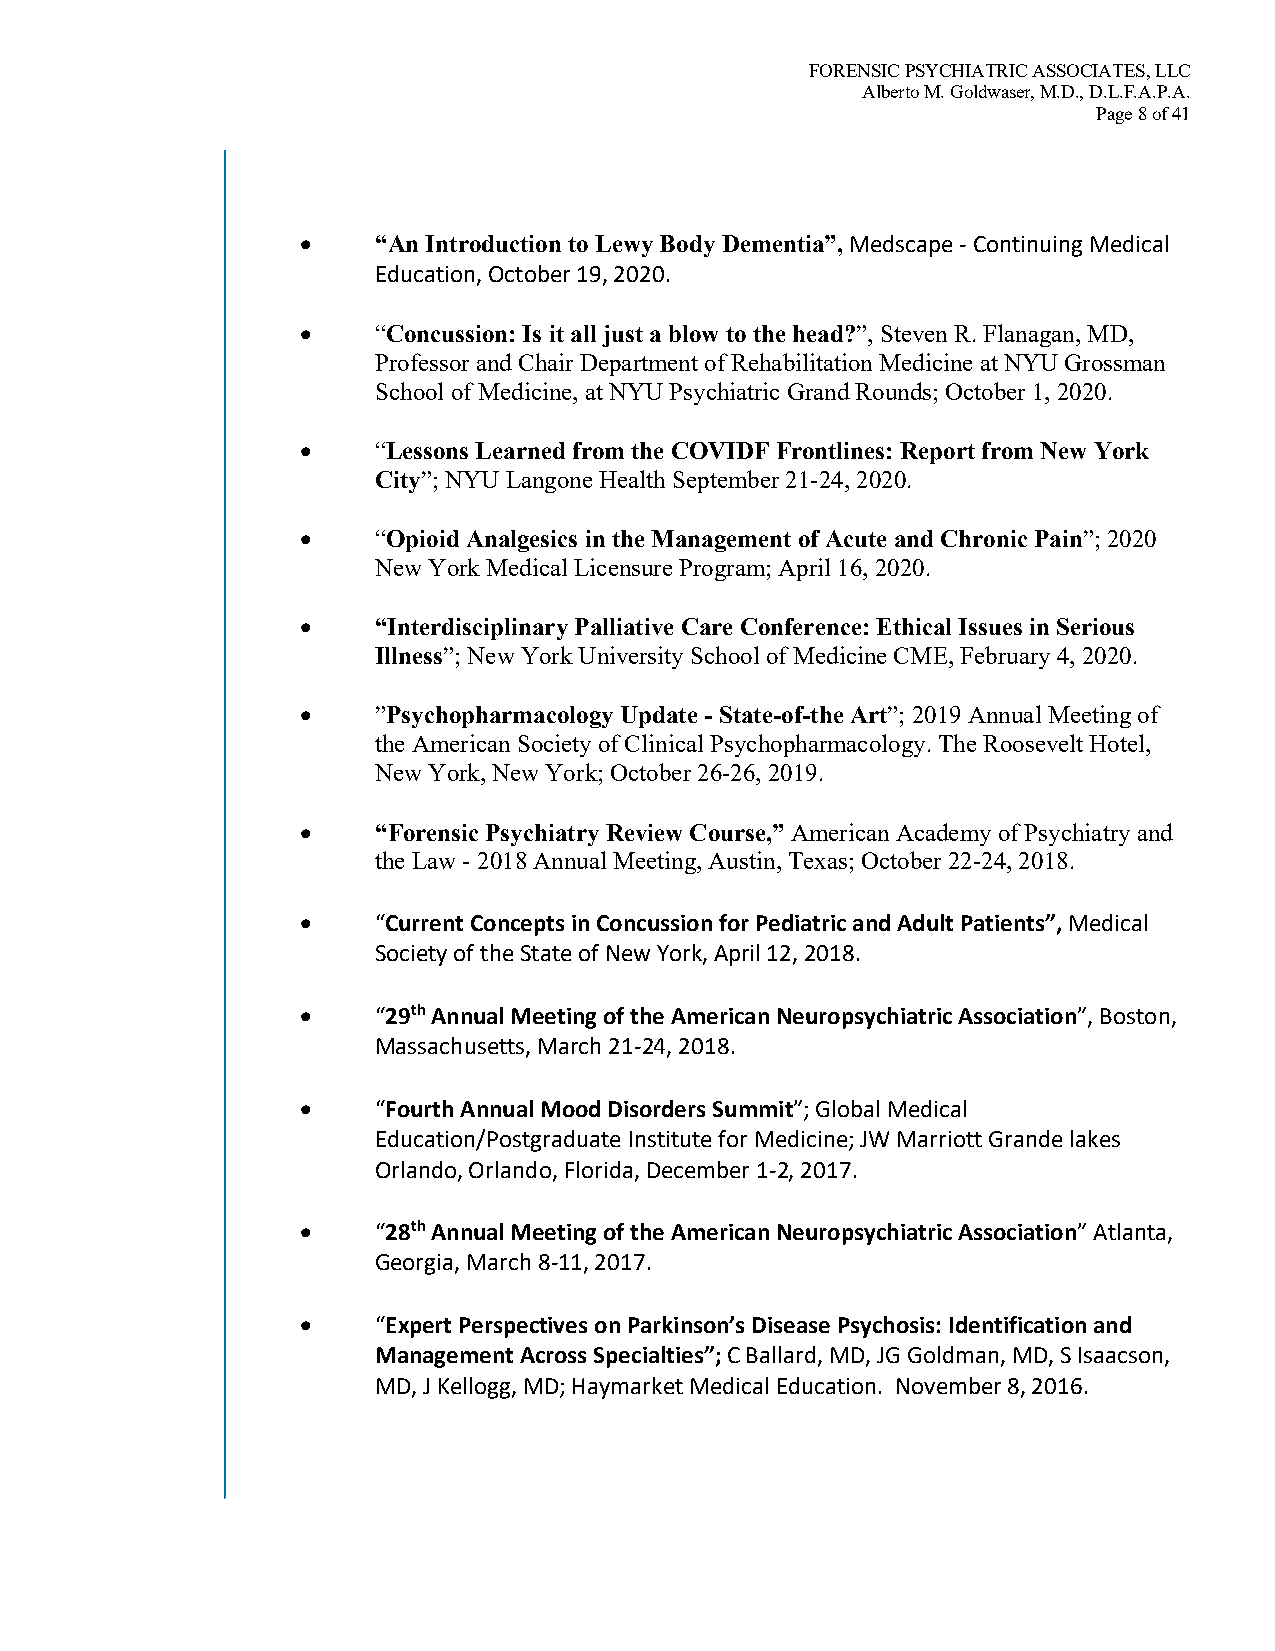
FORENSIC PSYCHIATRIC ASSOCIATES, LLC
 Alberto M. Goldwaser, M.D., D.L.F.A.P.A.
 Page 8 of 41
 •    “An Introduction to Lewy Body Dementia”, Medscape - Continuing Medical
 Education, October 19, 2020.
 •    “Concussion: Is it all just a blow to the head?”, Steven R. Flanagan, MD,
 Professor and Chair Department of Rehabilitation Medicine at NYU Grossman
 School of Medicine, at NYU Psychiatric Grand Rounds; October 1, 2020.
 •    “Lessons Learned from the COVIDF Frontlines: Report from New York
 City”; NYU Langone Health September 21-24, 2020.
 •    “Opioid Analgesics in the Management of Acute and Chronic Pain”; 2020
 New York Medical Licensure Program; April 16, 2020.
 •    “Interdisciplinary Palliative Care Conference: Ethical Issues in Serious
 Illness”; New York University School of Medicine CME, February 4, 2020.
 •    ”Psychopharmacology Update - State-of-the Art”; 2019 Annual Meeting of
 the American Society of Clinical Psychopharmacology. The Roosevelt Hotel,
 New York, New York; October 26-26, 2019.
 •    “Forensic Psychiatry Review Course,” American Academy of Psychiatry and
 the Law - 2018 Annual Meeting, Austin, Texas; October 22-24, 2018.
 •    “Current Concepts in Concussion for Pediatric and Adult Patients”, Medical
 Society of the State of New York, April 12, 2018.
 •    “29th Annual Meeting of the American Neuropsychiatric Association”, Boston,
 Massachusetts, March 21-24, 2018.
 •    “Fourth Annual Mood Disorders Summit”; Global Medical
 Education/Postgraduate Institute for Medicine; JW Marriott Grande lakes
 Orlando, Orlando, Florida, December 1-2, 2017.
 •    “28th Annual Meeting of the American Neuropsychiatric Association” Atlanta,
 Georgia, March 8-11, 2017.
 •    “Expert Perspectives on Parkinson’s Disease Psychosis: Identification and
 Management Across Specialties”; C Ballard, MD, JG Goldman, MD, S Isaacson,
 MD, J Kellogg, MD; Haymarket Medical Education. November 8, 2016.